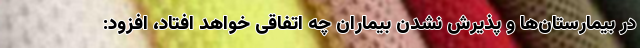
در بیمارستان‌ها و پذیرش نشدن بیماران چه اتفاقی خواهد افتاد، افزود: